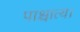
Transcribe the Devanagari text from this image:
पाश्चात्य।